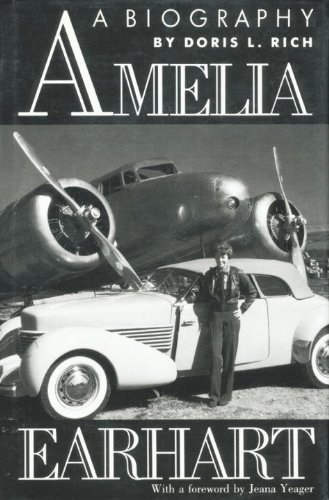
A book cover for Amelia Earhart; Doris L. Rich; Teen & Young Adult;